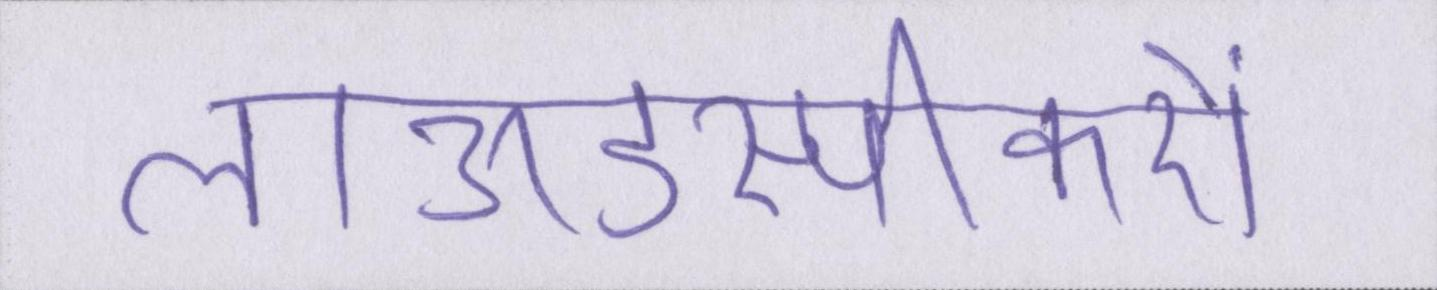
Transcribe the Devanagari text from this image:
लाऊडस्पीकरों